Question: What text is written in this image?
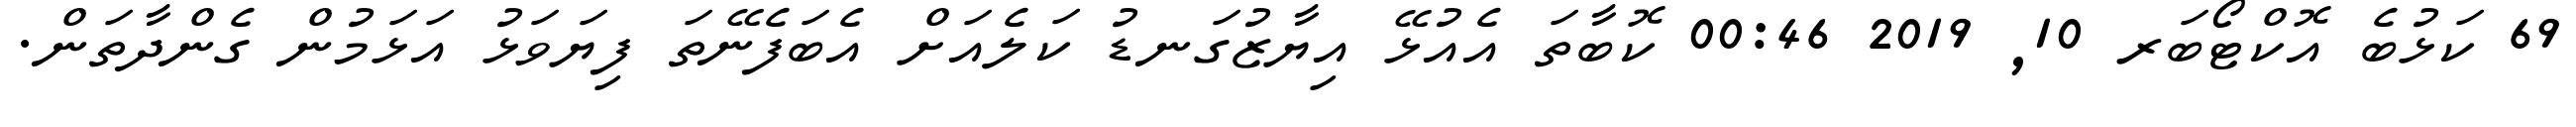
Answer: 69 ކަޅުބެ އޮކްޓޯބަރ 10, 2019 00:46 ކޮބާތަ އެއުޅޭ އިޔާޒުގަނޑު ކަލެއަށް އެބަފެނޭތަ ފިޔަވަޅު އަޅަމުން ގެންދާތަން.